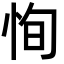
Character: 恂